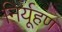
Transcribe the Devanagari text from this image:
निर्यूहण